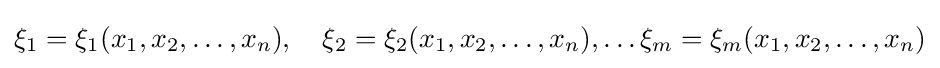
\xi _{1}=\xi _{1}(x_{1},x_{2},\ldots ,x_{n}),\quad \xi _{2}=\xi _{2}(x_{1},x_{2},\ldots ,x_{n}),\ldots \xi _{m}=\xi _{m}(x_{1},x_{2},\ldots ,x_{n})